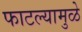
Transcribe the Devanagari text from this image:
फाटल्यामुळे